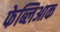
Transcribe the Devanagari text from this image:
फेब्लिआक